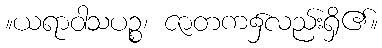
။ယရာဝါသပဉ္စ၊ ဇာတက၌လည်းရှိ၏။